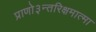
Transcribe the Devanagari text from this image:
प्राणो३न्तरिक्षमात्मा